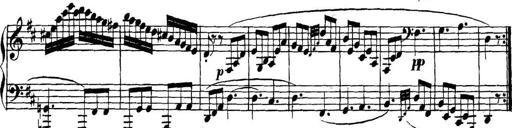
Title: Collected Piano Sonatas
Composer: Muzio Clementi